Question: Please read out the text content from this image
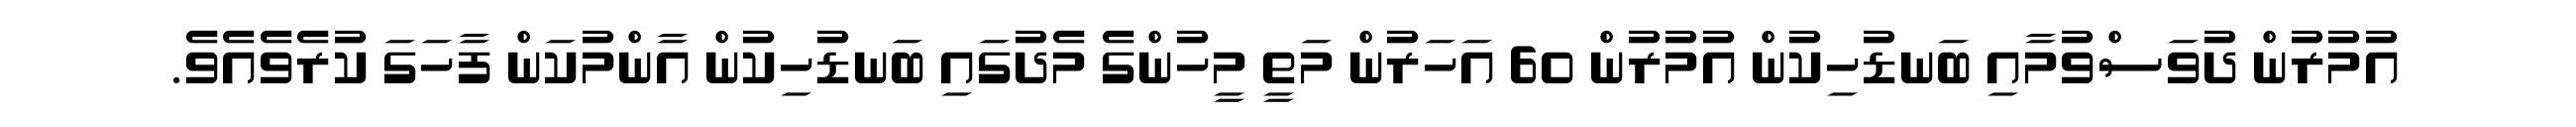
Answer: އުމުރުން ދުވަސްވުމާއި ބަނޑުހިކުން އުމުރުން 60 އަހަރުން މަތީ މީހުންގެ މެދުގައި ބަނޑުހިކުން އާންމުކަން ފާހަގަ ކުރެވެއެވެ.